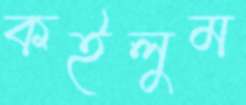
কইলুম